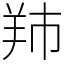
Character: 䍨